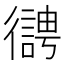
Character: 𢖊